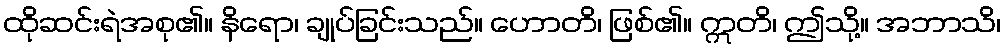
ထိုဆင်းရဲအစု၏။ နိရော၊ ချုပ်ခြင်းသည်။ ဟောတိ၊ ဖြစ်၏။ ဣတိ၊ ဤသို့။ အဘာသိ၊